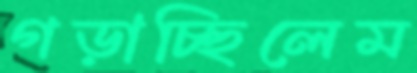
গড়াচ্ছিলেম